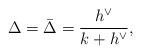
LaTeX: \begin{align*}\Delta =\bar{\Delta}= \frac{h^\vee}{k+h^\vee},\end{align*}